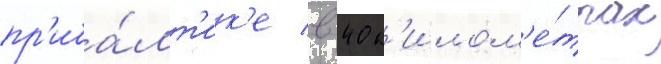
пр'иба́лт'ик'е в 40 к'илом'е́трах